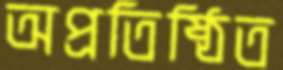
অপ্রতিষ্ঠিত